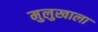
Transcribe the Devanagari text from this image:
मुलुखाला